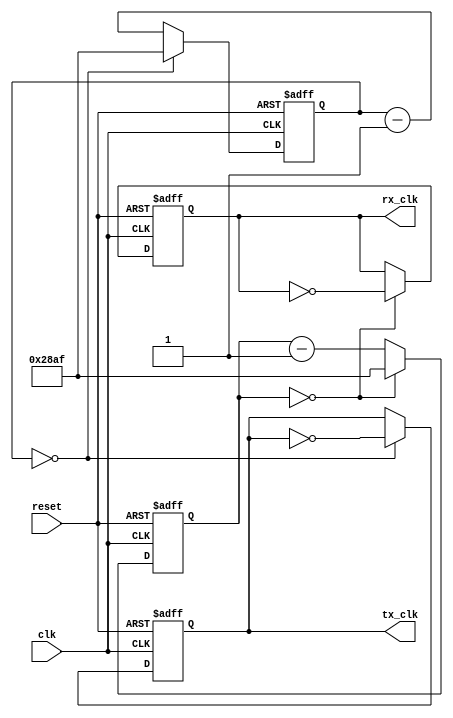
module uart_timing_control(
    input wire clk,
    input wire reset,
    output reg tx_clk,
    output reg rx_clk
);

parameter BAUD_RATE = 9600;
parameter CLOCK_FREQUENCY = 100000000; // assuming 100MHz clock

reg [15:0] counter_tx;
reg [15:0] counter_rx;

always @ (posedge clk or posedge reset) begin
    if (reset) begin
        counter_tx <= 16'h8000;
        counter_rx <= 16'h8000;
        tx_clk <= 0;
        rx_clk <= 0;
    end else begin
        if (counter_tx == 0) begin
            counter_tx <= CLOCK_FREQUENCY / BAUD_RATE - 1;
            tx_clk <= ~tx_clk;
        end else begin
            counter_tx <= counter_tx - 1;
        end

        if (counter_rx == 0) begin
            counter_rx <= CLOCK_FREQUENCY / BAUD_RATE - 1;
            rx_clk <= ~rx_clk;
        end else begin
            counter_rx <= counter_rx - 1;
        end
    end
end

endmodule